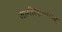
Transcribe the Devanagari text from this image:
जागीरदारसाओ